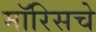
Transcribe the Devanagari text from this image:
मॉरिसचे